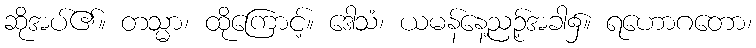
ဆိုအပ်၏။ တသ္မာ၊ ထိုကြောင့်။ ဒေါသံ၊ ယမန်နေ့ညဉ့်အခါ၌။ ရဟောဂတော၊